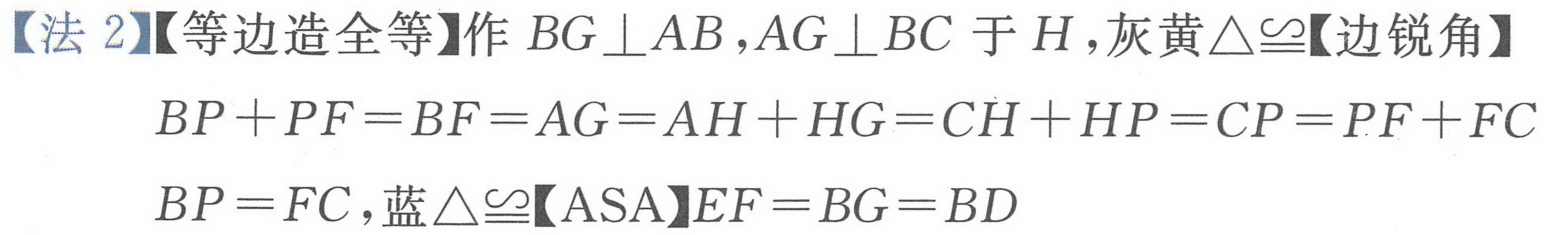
【法 2】【等边造全等】作 \(BG\perp AB,AG\perp BC\) 于 \(H\)，灰黄\(\triangle\cong\)【边锐角】
\[
\begin{align*}
BP + PF&=BF = AG=AH + HG=CH + HP=CP=PF + FC\\
BP&=FC,\text{蓝}\triangle\cong\text{【ASA】}EF = BG=BD
\end{align*}
\]